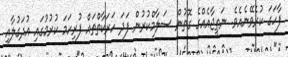
ފާހަގަ ކުރެވޭނެއެވެ. ނަތީޖާއެއްގެ ގޮތުން ސަލާމްކުރުން ފަދަ ހަރަކާތްތައް ފުރިހަމަ ކުރުމުގައި އުދަގުލާއި